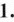
1.